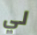
لي